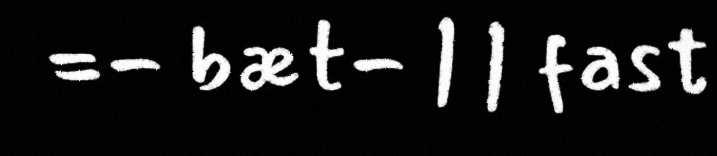
=- bæt- | | fast